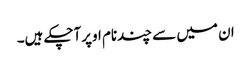
ان میں سے چندنام اوپرآچکے ہیں۔